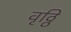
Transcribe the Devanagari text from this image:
वृठ्ठि